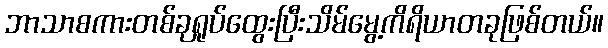
ဘာသာစကားတစ်ခုရှုပ်ထွေးပြီးသိမ်မွေ့ကိရိယာတခုဖြစ်တယ်။